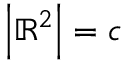
\left\vert \mathbb { R } ^ { 2 } \right\vert = { \mathfrak { c } }